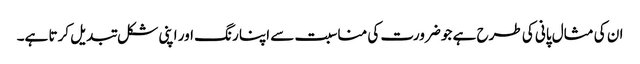
ان کی مثال پانی کی طرح ہے جو ضرورت کی مناسبت سے اپنا رنگ اور اپنی شکل تبدیل کرتا ہے۔